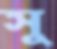
সু